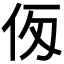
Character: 𠇢